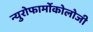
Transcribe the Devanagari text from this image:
न्युरोफार्मोकोलोजी